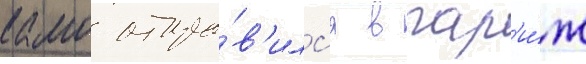
камо отпра́в'илс'я в пар'и́ж